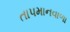
તાપમાનવાળા